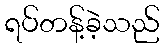
ရပ်တန့်ခဲ့သည်